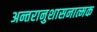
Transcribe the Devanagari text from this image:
अन्तरानुशासनात्मक